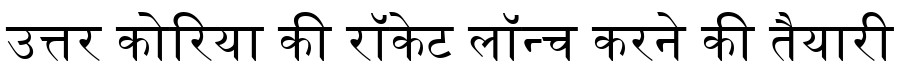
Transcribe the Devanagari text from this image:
उत्तर कोरिया की रॉकेट लॉन्च करने की तैयारी